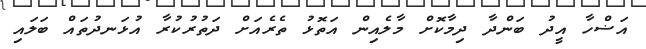
އަޟްހާ އީދު ބަންދާ ދިމާކޮށް މާލެއިން އަތޮޅު ތެރެއަށް ދަތުރުކުރާ އުޅަނދުތައް ބަލައި